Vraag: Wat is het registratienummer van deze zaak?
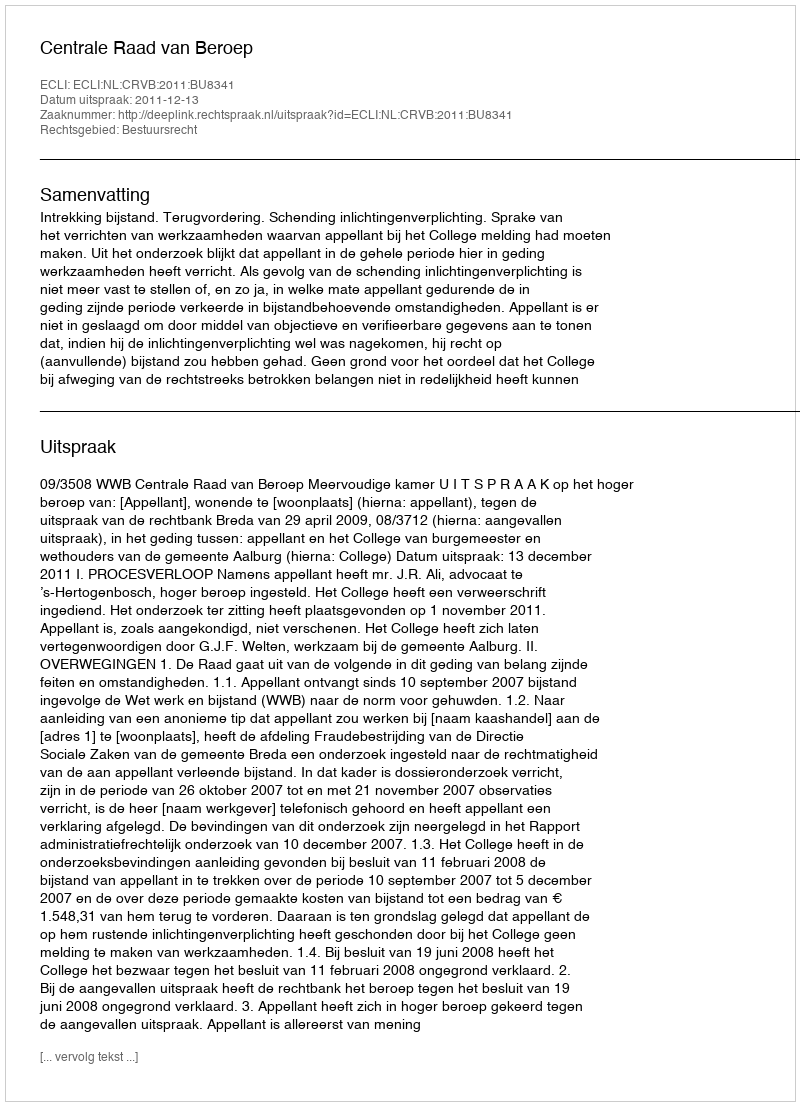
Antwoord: http://deeplink.rechtspraak.nl/uitspraak?id=ECLI:NL:CRVB:2011:BU8341